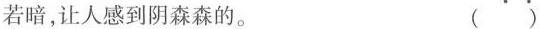
若暗，让人感到阴森森的。 ( )